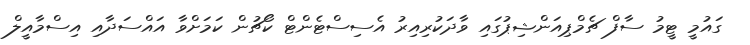
ގައުމީ ޓީމު ސާފް ޗެމްޕިއަންޝިޕުގައި ވާދަކުރިއިރު އެސިސްޓެންޓް ކޯޗުން ކަމަށްވާ އައްސަދާއި އިސްމާއީލް